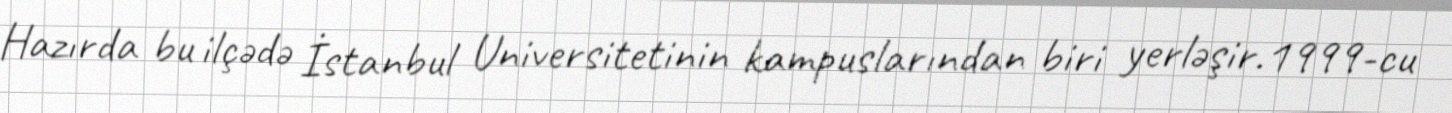
Hazırda bu ilçədə İstanbul Universitetinin kampuslarından biri yerləşir.1999-cu